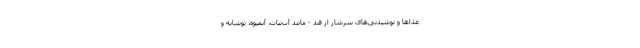
غذاها و نوشیدنی‌های سرشار از قند - مانند آب‌نبات، آبمیوه، نوشابه و